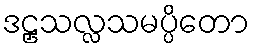
ဒဠှသလ္လသမပ္ပိတော